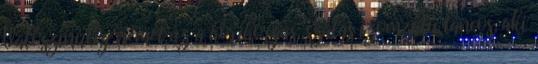
Valószínűleg német az a hórihorgas, szálas izomzatú táncos, aki